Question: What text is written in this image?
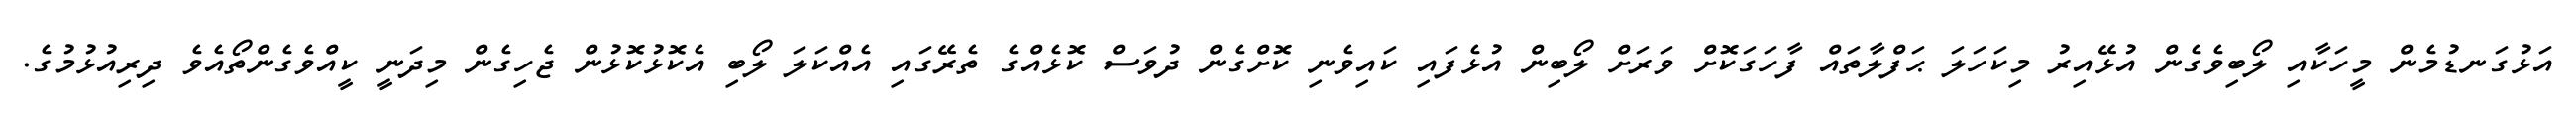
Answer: އަޅުގަނޑުމެން މީހަކާއި ލޯބިވެގެން އުޅޭއިރު މިކަހަލަ ޙަފްލާތައް ފާހަގަކޮށް ވަރަށް ލޯބިން އުޅެފައި ކައިވެނި ކޮށްގެން ދުވަސް ކޮޅެއްގެ ތެރޭގައި އެއްކަލަ ލޯބި އެކޮޅުކޮޅުން ޖެހިގެން މިދަނީ ކީއްވެގެންތޯއެވެ ދިރިއުޅުމުގެ.